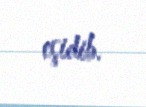
eşidib.